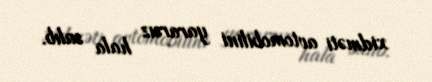
xidməti avtomobilini yararsız hala salıb.